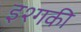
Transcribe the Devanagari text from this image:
इश्गकी